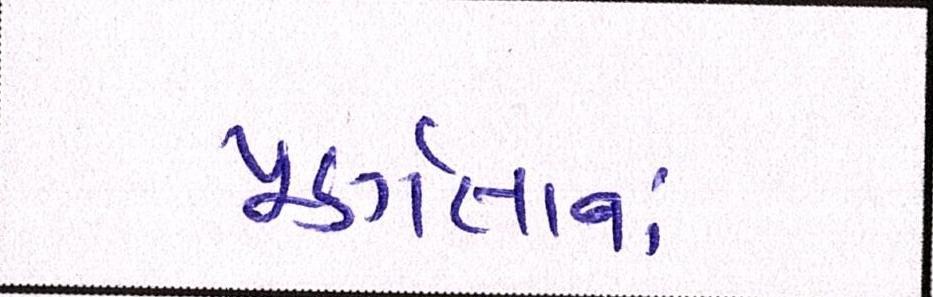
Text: પૂર્ણતાનાં